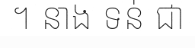
។ នាង ទន់ ជា